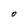
Character: O